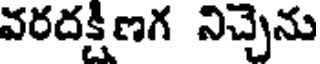
వరదక్షిణగ నిచ్చెను